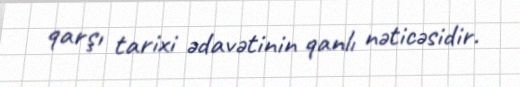
qarşı tarixi ədavətinin qanlı nəticəsidir.